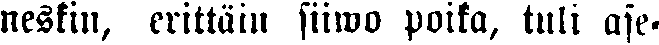
neskin, erittäin siiwo poika, tuli ase-